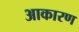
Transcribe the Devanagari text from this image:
आकारण